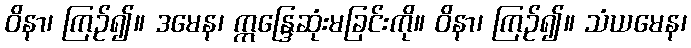
ဝိနာ၊ ကြဉ်၍။ ဒမေန၊ ဣန္ဒြေဆုံးမခြင်းကို။ ဝိနာ၊ ကြဉ်၍။ သံယမေန၊